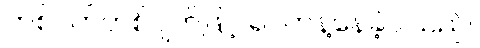
တစ်ဝက်တစ်ပျက်ဖြင့် ရပ်တန့်နေခဲ့ပါသည်။